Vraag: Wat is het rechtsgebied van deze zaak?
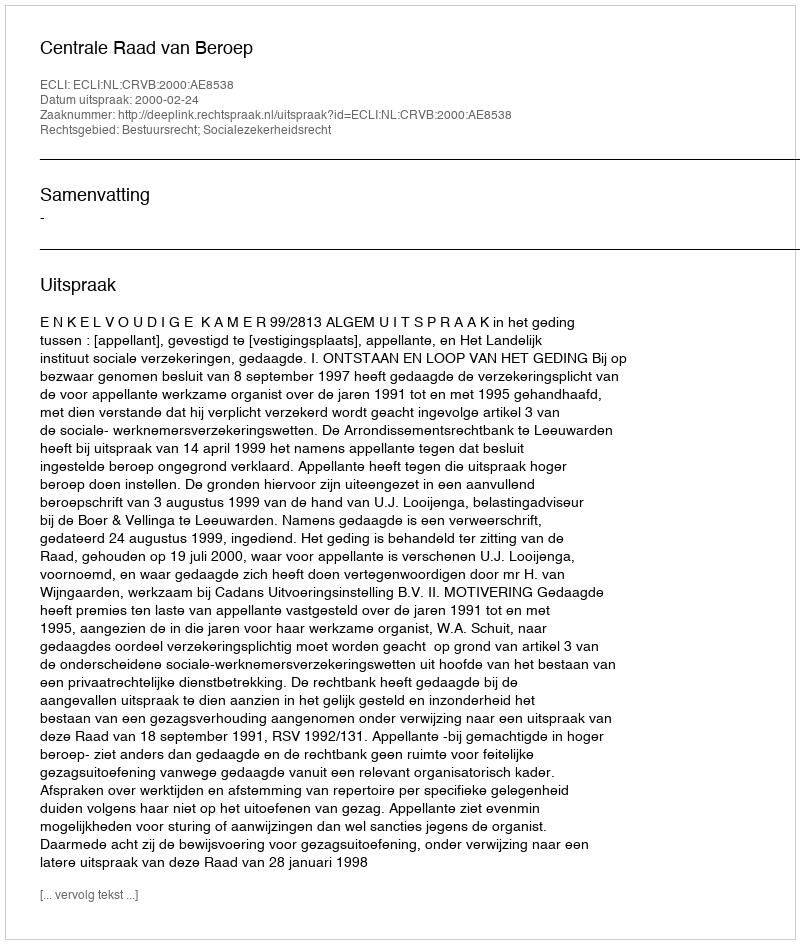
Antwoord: Bestuursrecht; Socialezekerheidsrecht